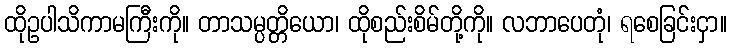
ထိုဥပါသိကာမကြီးကို။ တာသမ္ပတ္တိယော၊ ထိုစည်းစိမ်တို့ကို။ လဘာပေတုံ၊ ရစေခြင်းငှာ။